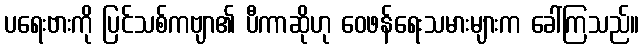
ပရေးဗားကို ပြင်သစ်ကဗျာ၏ ပီကာဆိုဟု ဝေဖန်ရေးသမားများက ခေါ်ကြသည်။